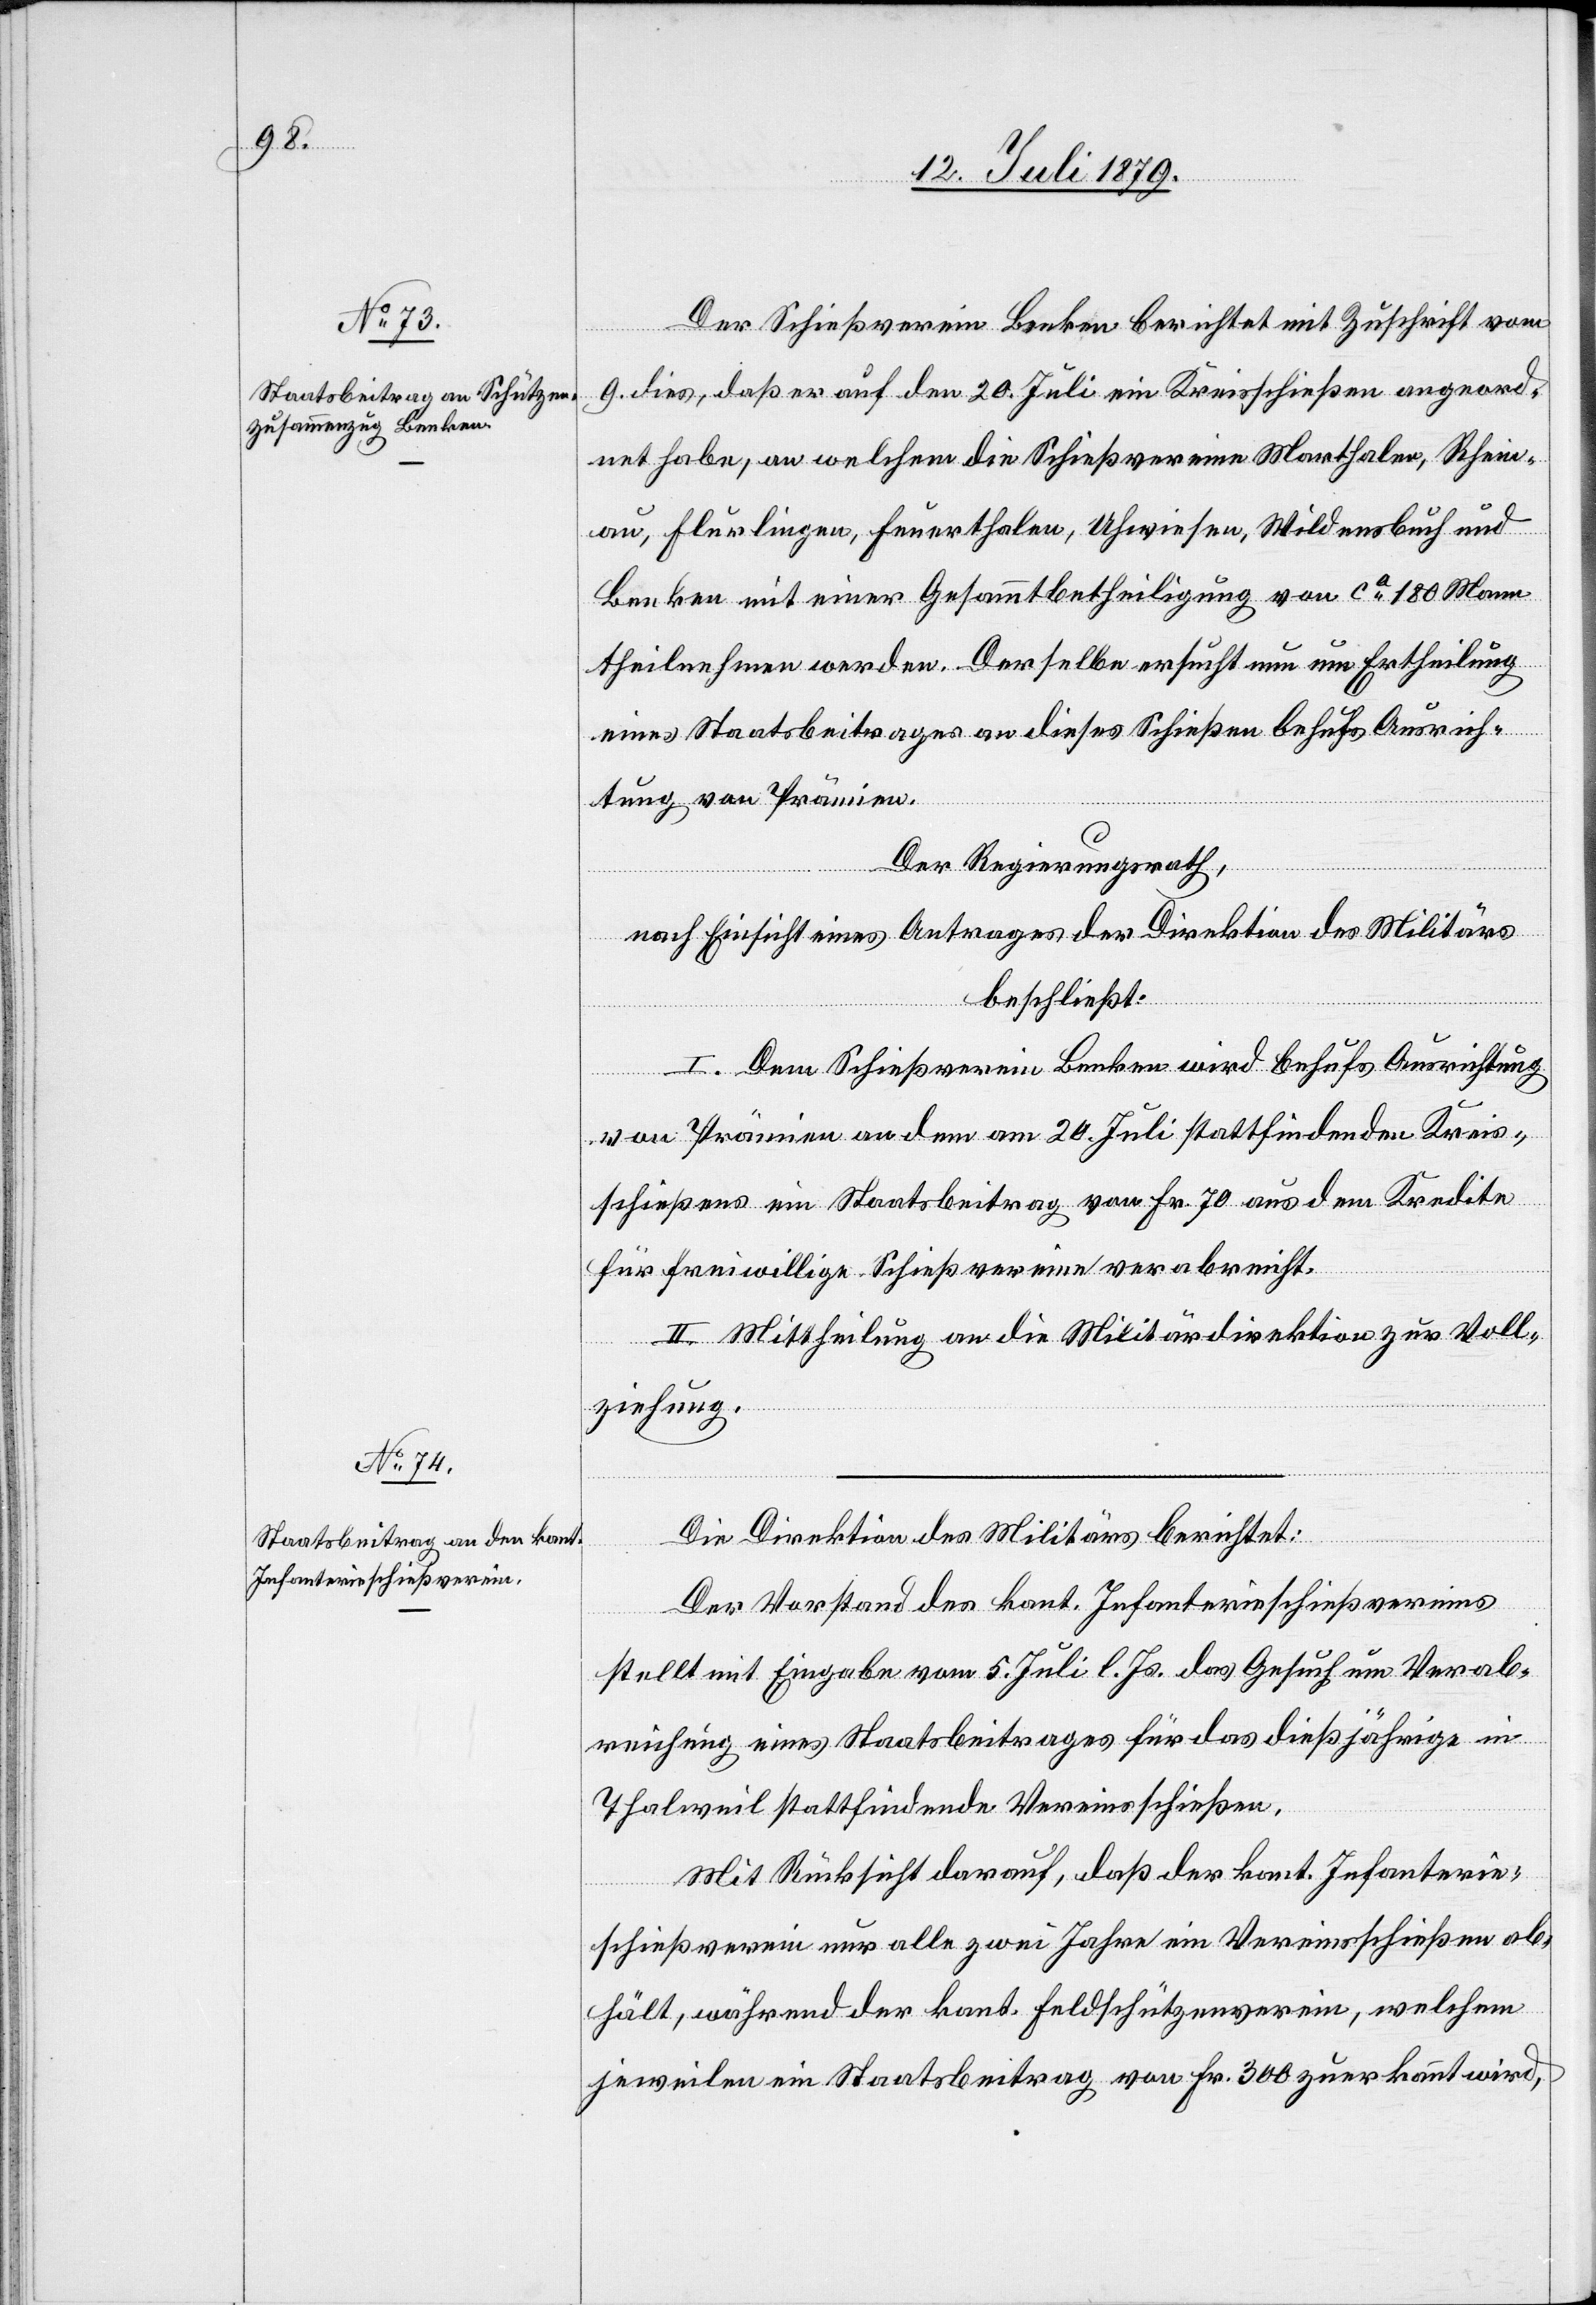
Der Schießverein Benken berichtet mit Zuschrift vom
9. dies, daß er auf den 20. Juli ein Kreisschießen angeord¬
net habe, an welchem die Schießvereine Marthalen, Rhein¬
au, Flurlingen, Feuerthalen, Uhwiesen, Wildensbuch und
Benken mit einer Gesammtbetheiligung von ca 180 Mann
theilnehmen werden. Derselbe ersucht nun um Ertheilung
eines Staatsbeitrages an dieses Schießen behufs Ausrich¬
tung von Prämien.
Der Regierungsrath,
nach Einsicht eines Antrages der Direktion des Militärs
beschließt:
I. Dem Schießverein Benken wird behufs Ausrichtung
von Prämien an dem am 20. Juli stattfindenden Kreis¬
schießens ein Staatsbeitrag von Fr. 70 aus dem Kredite
für freiwillige Schießvereine verabreicht.
II. Mittheilung an die Militärdirektion zur Voll¬
ziehung.
Die Direktion des Militärs berichtet:
Der Vorstand des kant. Infanterieschießvereins
stellt mit Eingabe vom 5. Juli l. Js. das Gesuch um Verab¬
reichung eines Staatsbeitrages für das dießjährige in
Thalweil stattfindende Vereinsschießen.
Mit Rücksicht darauf, daß der kant. Infanterie¬
schießverein nur alle zwei Jahre ein Vereinsschießen ab¬
hält, während der kant. Feldschützenverein, welchem
jeweilen ein Staatsbeitrag von Fr. 300 zuerkannt wird,